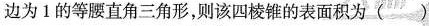
边为1的等腰直角三角形，则该四棱锥的表面积为( )